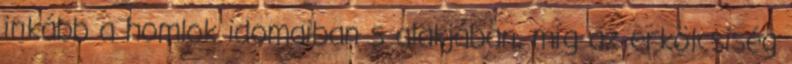
inkább a homlok idomaiban s alakjában, míg az erkölcsiség